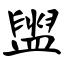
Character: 盥